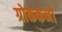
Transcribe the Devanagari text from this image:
ग्रोककनो